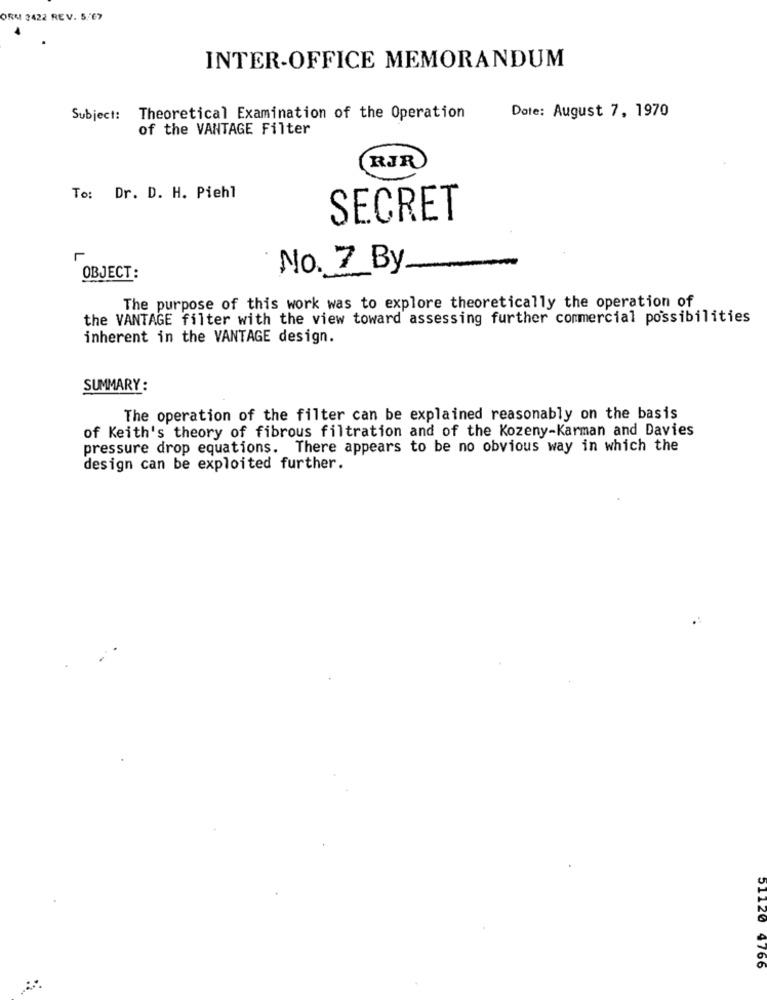
ORM 3422 REV. 5. 67
INTER-OFFICE MEMORANDUM
Subject: Theoretical Examination of the Operation
Date: August 7, 1970
of the VANTAGE Filter
RJR
To: Dr. D. H. Piehl
SECRET
L
No. 7 By
OBJECT:
The purpose of this work was to explore theoretically the operation of
the VANTAGE filter with the view toward assessing further commercial possibilities
inherent in the VANTAGE design.
SUMMARY:
The operation of the filter can be explained reasonably on the basis
of Keith's theory of fibrous filtration and of the Kozeny-Karman and Davies
pressure drop equations. There appears to be no obvious way in which the
design can be exploited further.
51120 4766